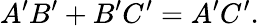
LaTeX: A^{\prime}B^{\prime}+B^{\prime}C^{\prime}=A^{\prime}C^{\prime}.